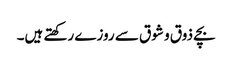
بچے ذوق و شوق سے روزے رکھتے ہیں۔